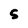
Character: 5